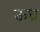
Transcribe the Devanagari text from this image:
ऊध्र